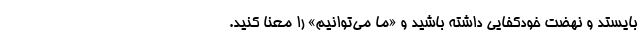
بایستد و نهضت خودکفایی داشته باشید و «ما می‌توانیم» را معنا کنید.